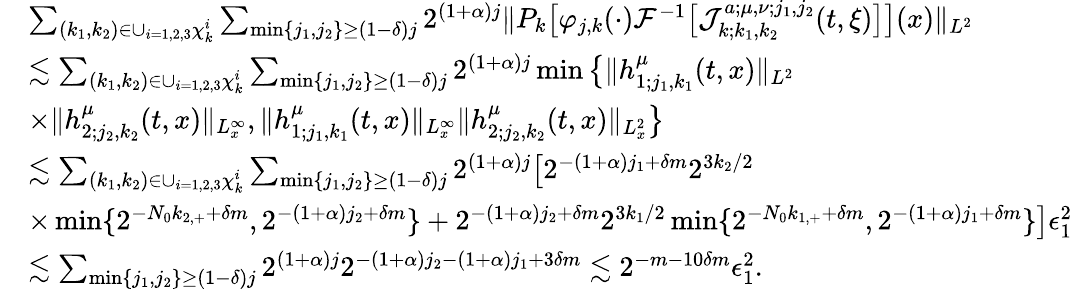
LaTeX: \begin{array}{rl}&{\sum_{(k_{1},k_{2})\in\cup_{i=1,2,3}\chi_{k}^{i}}\sum_{\operatorname*{min}\{ j_{1},j_{2}\} \geq(1-\delta)j}2^{(1+\alpha)j}\| P_{k}\big[\varphi_{j,k}(\cdot)\mathcal{F}^{-1}\big[\mathcal{J}_{k;k_{1},k_{2}}^{a;\mu,\nu;j_{1},j_{2}}(t,\xi)\big]\big](x)\| _{L^{2}}}\\ &{\lesssim\sum_{(k_{1},k_{2})\in\cup_{i=1,2,3}\chi_{k}^{i}}\sum_{\operatorname*{min}\{ j_{1},j_{2}\} \geq(1-\delta)j}2^{(1+\alpha)j}\operatorname*{min}\big\{ \| h_{1;j_{1},k_{1}}^{\mu}(t,x)\| _{L^{2}}}\\ &{\times\| h_{2;j_{2},k_{2}}^{\mu}(t,x)\| _{L_{x}^{\infty}},\| h_{1;j_{1},k_{1}}^{\mu}(t,x)\| _{L_{x}^{\infty}}\| h_{2;j_{2},k_{2}}^{\mu}(t,x)\| _{L_{x}^{2}}\big\} }\\ &{\lesssim\sum_{(k_{1},k_{2})\in\cup_{i=1,2,3}\chi_{k}^{i}}\sum_{\operatorname*{min}\{ j_{1},j_{2}\} \geq(1-\delta)j}2^{(1+\alpha)j}\big[2^{-(1+\alpha)j_{1}+\delta m}2^{3k_{2}/2}}\\ &{\times\operatorname*{min}\{ 2^{-N_{0}k_{2,+}+\delta m},2^{-(1+\alpha)j_{2}+\delta m}\} +2^{-(1+\alpha)j_{2}+\delta m}2^{3k_{1}/2}\operatorname*{min}\{ 2^{-N_{0}k_{1,+}+\delta m},2^{-(1+\alpha)j_{1}+\delta m}\} \big]\epsilon_{1}^{2}}\\ &{\lesssim\sum_{\operatorname*{min}\{ j_{1},j_{2}\} \geq(1-\delta)j}2^{(1+\alpha)j}2^{-(1+\alpha)j_{2}-(1+\alpha)j_{1}+3\delta m}\lesssim 2^{-m-10\delta m}\epsilon_{1}^{2}.}\end{array}